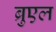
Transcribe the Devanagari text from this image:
ब्रुएल